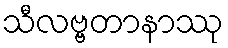
သီလဗ္ဗတာနာဿု